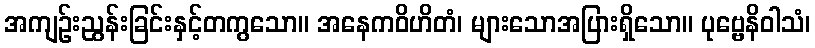
အကျဉ်းညွန်းခြင်းနှင့်တကွသော။ အနေကဝိဟိတံ၊ များသောအပြားရှိသော။ ပုဗ္ဗေနိဝါသံ၊